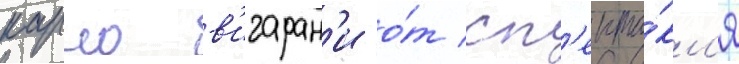
карло в'игаран'и о́т сп'екта́кл'я